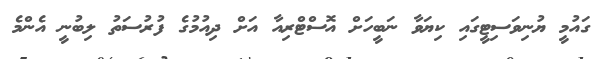
ގައުމީ ޔުނިވަސިޓީގައި ކިޔަވާ ނަބީހަށް އޮސްޓްރިއާ އަށް ދިއުމުގެ ފުރުސަތު ލިބުނީ އެންމެ